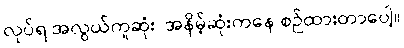
လုပ်ရ အလွယ်ကူဆုံး၊ အနိမ့်ဆုံးကနေ စဉ်ထားတာပေါ့။